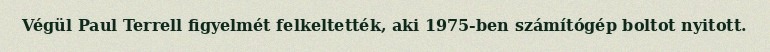
Végül Paul Terrell figyelmét felkeltették, aki 1975-ben számítógép boltot nyitott.